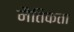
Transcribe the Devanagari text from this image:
नैतिकता